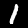
Digit: 1